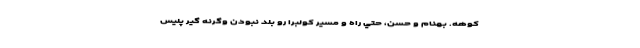
كوهه. بهنام و حسن، حتي راه و مسير كولبرا رو بلد نبودن وگرنه گير پليس